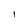
Character: l